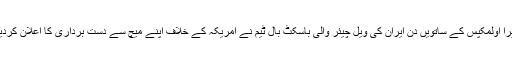
پیرا اولمکپس کے ساتویں دِن ایران کی ویل چیئر والی باسکٹ بال ٹیم نے امریکہ کے خلاف اپنے میچ سے دست برداری کا اعلان کردیا۔